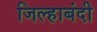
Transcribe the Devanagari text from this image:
जिल्हाबंदी